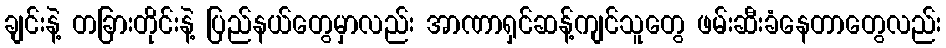
ချင်းနဲ့ တခြားတိုင်းနဲ့ ပြည်နယ်တွေမှာလည်း အာဏာရှင်ဆန့်ကျင်သူတွေ ဖမ်းဆီးခံနေတာတွေလည်း